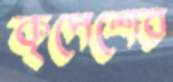
কৃপেশের